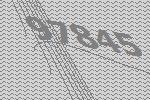
97845